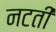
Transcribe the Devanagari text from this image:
नटती